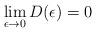
LaTeX: \begin{align*} \lim_{\epsilon \rightarrow 0} D(\epsilon) = 0 \end{align*}